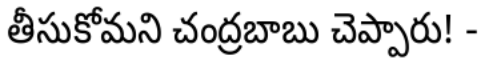
తీసుకోమని చంద్రబాబు చెప్పారు! -